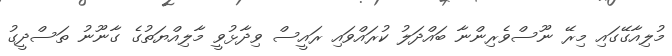
މުލިއާގޭގައި މިރޭ ނޫސްވެރިންނާ ބައްދަލު ކުރައްވައި ރައީސް ވިދާޅުވީ މާލިއްޔަތުގެ ގާނޫނު ތަސްދީގު